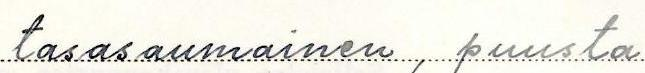
tasasaumainen, puusta